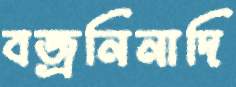
বজ্রনিনাদি